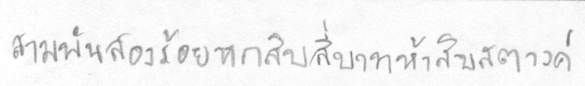
สามพันสองร้อยหกสิบสี่บาทห้าสิบสตางค์